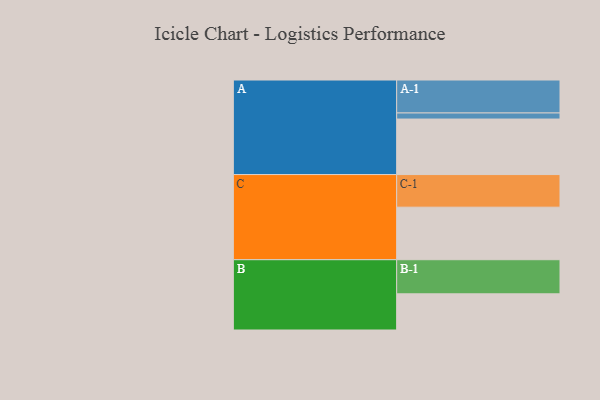
{"axis": {"x": "Segment", "y": "Value"}, "legend": ["", "A", "B", "C"], "data": [{"x": "A", "y": 485, "type": ""}, {"x": "B", "y": 316, "type": ""}, {"x": "C", "y": 459, "type": ""}, {"x": "A-1", "y": 288, "type": "A"}, {"x": "A-2", "y": 53, "type": "A"}, {"x": "B-1", "y": 298, "type": "B"}, {"x": "C-1", "y": 285, "type": "C"}]}